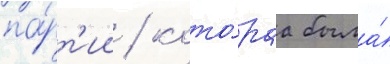
па́рт'ии / кото́раа была́